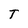
Character: T